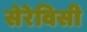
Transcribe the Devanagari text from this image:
सेरेविसी